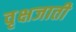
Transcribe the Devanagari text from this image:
वृक्षजाती